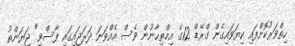
ހިތްވަރުކޮށްފައި ކިޔަވައިގެން ގްރޭޑް 12ގެ އިމްތިޙާނުން ވެސް އެއްވަނަ ދަރަޖައިގައި ފާސްވި" ޖަޔަންތު